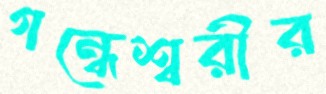
গন্ধেশ্বরীর